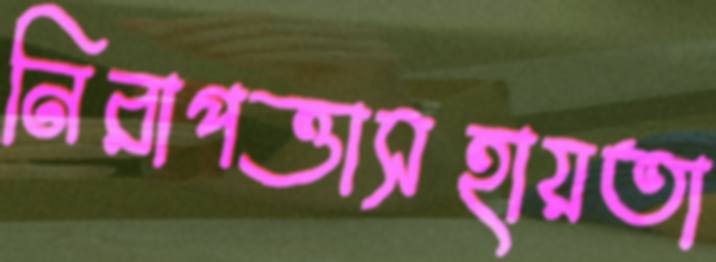
নিরাপত্তাসহায়তা